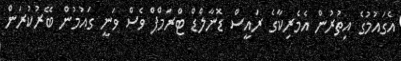
އެގައުމުގެ އިތުރުން އެމެރިކާގެ ރައީސް ޑޮނާލްޑް ޓްރަމްޕް ވެސް ވަނީ ގައުމުން ބޭރުކުރަން